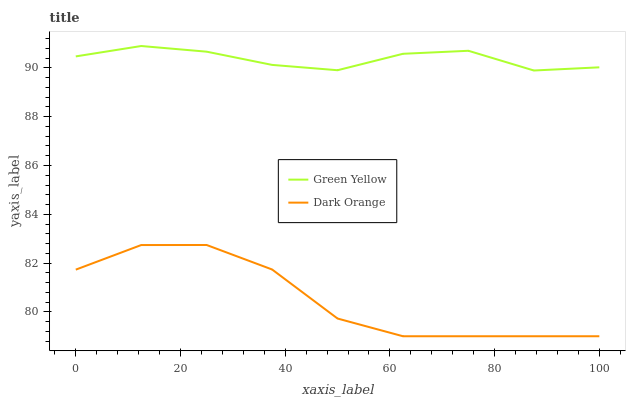
| xaxis_label | Green Yellow | Dark Orange |
 | --- | --- | --- |
 | 0 | 90.5 | 81.7 |
 | 12.5 | 90.9 | 82.7 |
 | 25 | 90.7 | 82.7 |
 | 37.5 | 90.1 | 81.7 |
 | 50 | 89.9 | 79.7 |
 | 62.5 | 90.6 | 79 |
 | 75 | 90.7 | 79 |
 | 87.5 | 89.9 | 79 |
 | 100 | 90 | 79 |